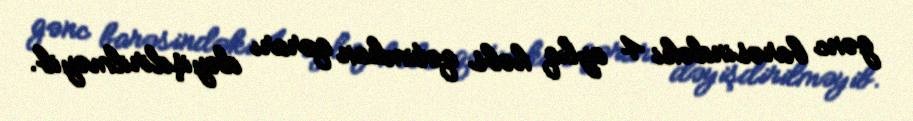
gənc barəsindəki 4 aylıq həbs qətimkan qərarı dəyişdirilməyib.